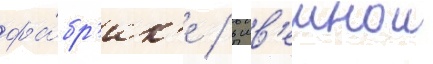
фа́бр'ик'е / в шв'еинои